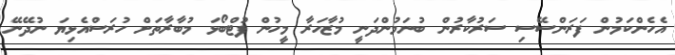
އެހެންކަމުން ފަރަންސޭސި ސަރުކާރުން ބުނަމުންދަނީ މުޒާހަރާ މީހުން ފުޓްބޯޅަ މުބާރާތަށް ހުރަސްއެޅިޔަ ނުދޭނޭ